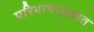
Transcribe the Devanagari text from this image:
परिभाषासूत्रात